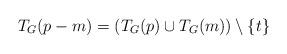
LaTeX: \begin{align*}T_G(p-m) = \left( T_G(p)\cup T_G(m) \right)\setminus\{ t \}\end{align*}